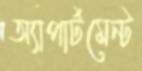
অ্যাপার্টমেন্ট